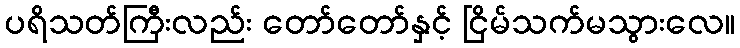
ပရိသတ်ကြီးလည်း တော်တော်နှင့် ငြိမ်သက်မသွားလေ။